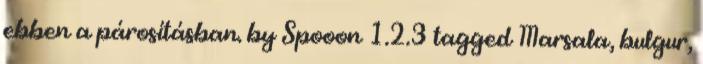
ebben a párosításban. by Spooon 1.2.3 tagged Marsala, bulgur,